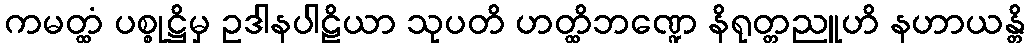
ကမတ္ထံ ပစ္စုဋ္ဌိမှ ဥဒါနပါဠိယာ သုပတိ ဟတ္ထိဘဏ္ဍေ နိရုတ္တညူဟိ နဟာယန္တိ